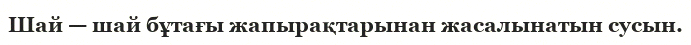
Шай — шай бұтағы жапырақтарынан жасалынатын сусын.